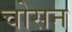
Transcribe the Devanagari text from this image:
चोसन